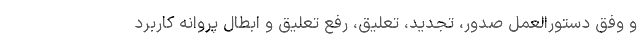
و وفق دستور‌العمل صدور، تجدید، تعلیق، رفع تعلیق و ابطال پروانه کاربرد